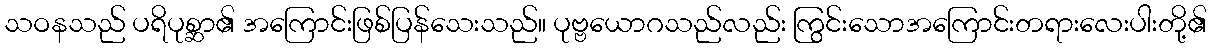
သဝနသည် ပရိပုစ္ဆာ၏ အကြောင်းဖြစ်ပြန်သေးသည်။ ပုဗ္ဗယောဂသည်လည်း ကြွင်းသောအကြောင်းတရားလေးပါးတို့၏